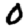
Digit: 0